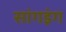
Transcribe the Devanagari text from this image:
सांगइंग